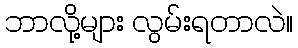
ဘာလို့များ လွမ်းရတာလဲ။